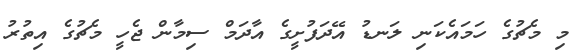
މި މެޗުގެ ހަމައެކަނި ލަނޑު އޭދަފުށީގެ އާދަމް ސިމާން ޖެހީ މެޗުގެ އިތުރު